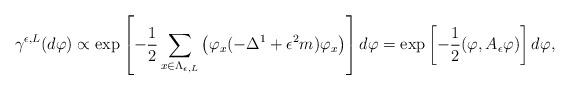
LaTeX: \begin{align*}\gamma^{\epsilon,L}(d\varphi)\propto \exp\left[-\frac{1}{2}\sum_{x\in \Lambda_{\epsilon,L}}\left(\varphi_x(-\Delta^1+\epsilon^2 m)\varphi_x\right)\right]d\varphi=\exp\left[-\frac{1}{2}(\varphi,A_{\epsilon}\varphi)\right]d\varphi,\end{align*}